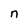
Character: n